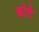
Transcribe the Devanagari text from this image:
कोदै